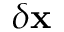
\delta \mathbf { x }